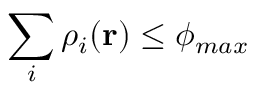
\sum _ { i } \rho _ { i } ( \mathbf { r } ) \leq \phi _ { m a x }